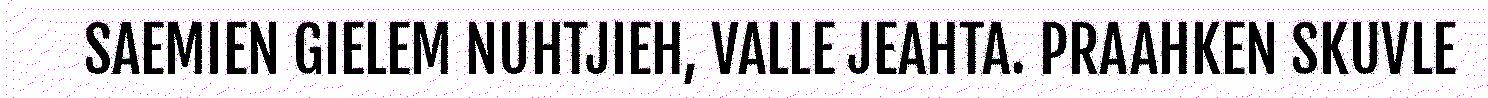
SAEMIEN GIELEM NUHTJIEH, VALLE JEAHTA. PRAAHKEN SKUVLE